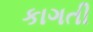
કાગતી